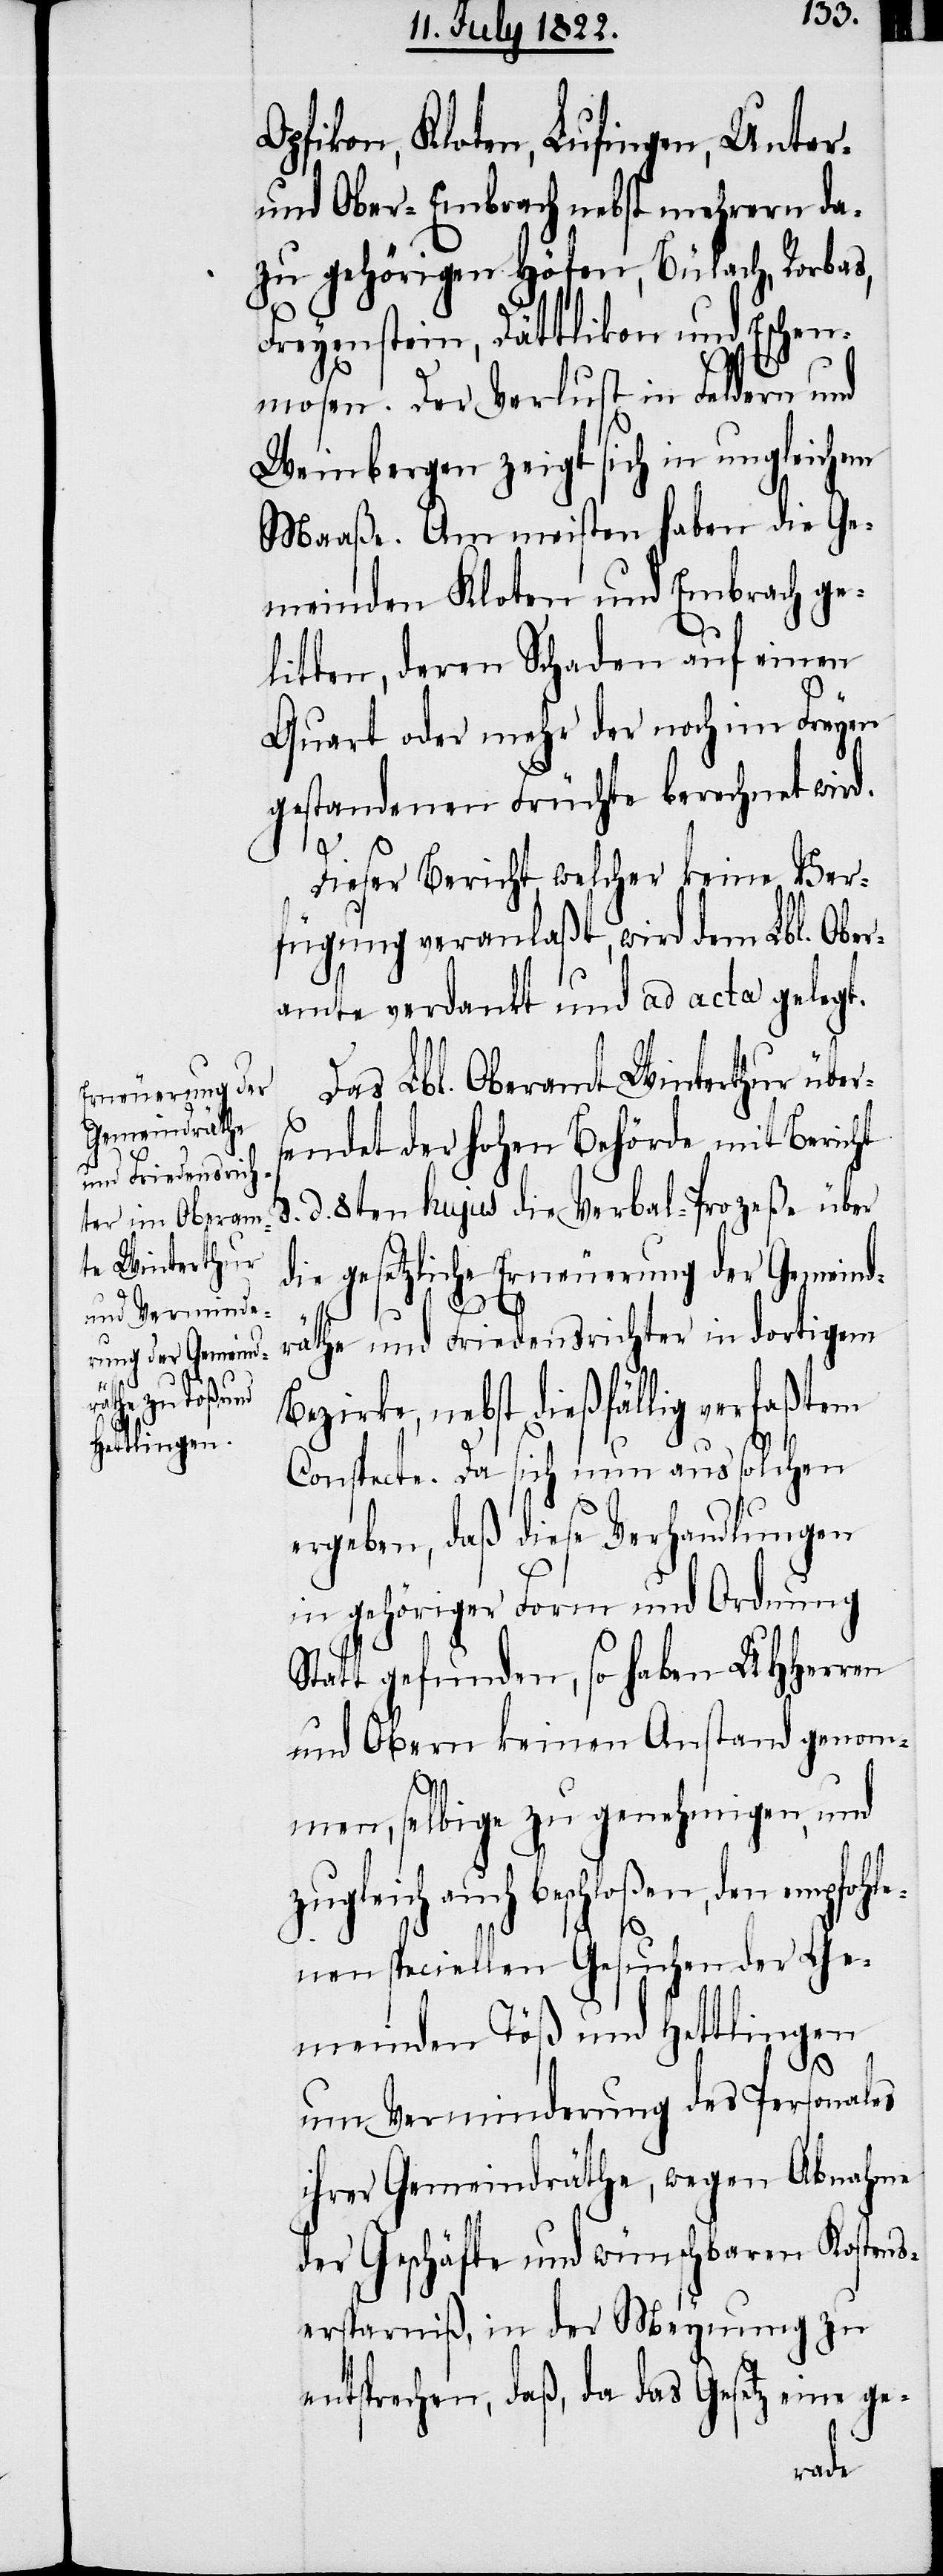
Opfikon, Kloten, Lufingen, Unter-
und Ober-Embrach nebst mehrern da¬
zu gehörigen Höfen, Bülach, Rorbas,
Freyenstein, Dättlikon und Eschen¬
mosen. Der Verlurst in Feldern und
Weinbergen zeigt sich in ungleichem
Maaße. Am meisten haben die Ge¬
meinden Kloten und Embrach ge¬
litten, deren Schaden auf einen
Quart oder mehr der noch im Freyen
gestandenen Früchte berechnet wird.
Dieser Bericht, welcher keine Ver¬
fügung veranlaßt, wird dem Lbl. Ober¬
amte verdankt und ad acta gelegt.
Das Lbl. Oberamt Winterthur über¬
sendet der Hohen Behörde mit Bericht
d. 8ten hujus die Verbal-Prozeße über
die gesetzliche Erneuerung der Gemeind¬
räthe und Friedensrichter in dortigem
Bezirke, nebst dießfällig verfaßtem
Conspecte. Da sich nun aus solchen
ergeben, daß diese Verhandlungen
in gehöriger Form und Ordnung
Statt gefunden, so haben UHHerren
und Obern keinen Anstand genom¬
men, selbige zu genehmigen, und
eich auch beschloßen, den empf¬
nen speciellen Gesuchen der Ge¬
meinden Töß und Hettlingen
um Verminderung des Personals
ihrer Gemeindräthe, wegen Abnahme
der Geschäfte und wünschbaren Kost¬
ersparniß, in der Meynung zu
entsprechen, daß, da das Gesetz eine ge-
ohle¬